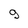
Character: 9